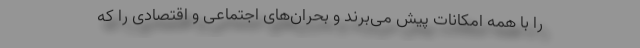
را با همه امکانات پیش می‌برند و بحران‌های اجتماعی و اقتصادی را که